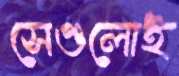
সেগুলোই